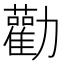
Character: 勸